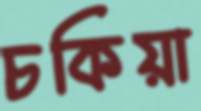
চকিয়া